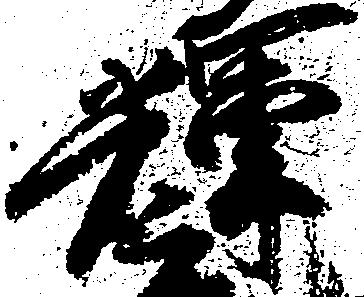
輝